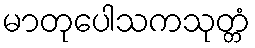
မာတုပေါသကသုတ္တံ